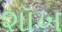
શૉખ